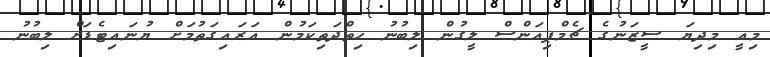
މިއީ މިދިޔަ ސީޒަނުގެ ޗެމްޕިއަންސް ލީގުން ލިބުނު ހިތްދަތިކަމުން އަރައިގަތުމަށް ޔުނައިޓެޑަށް ލިބުނު